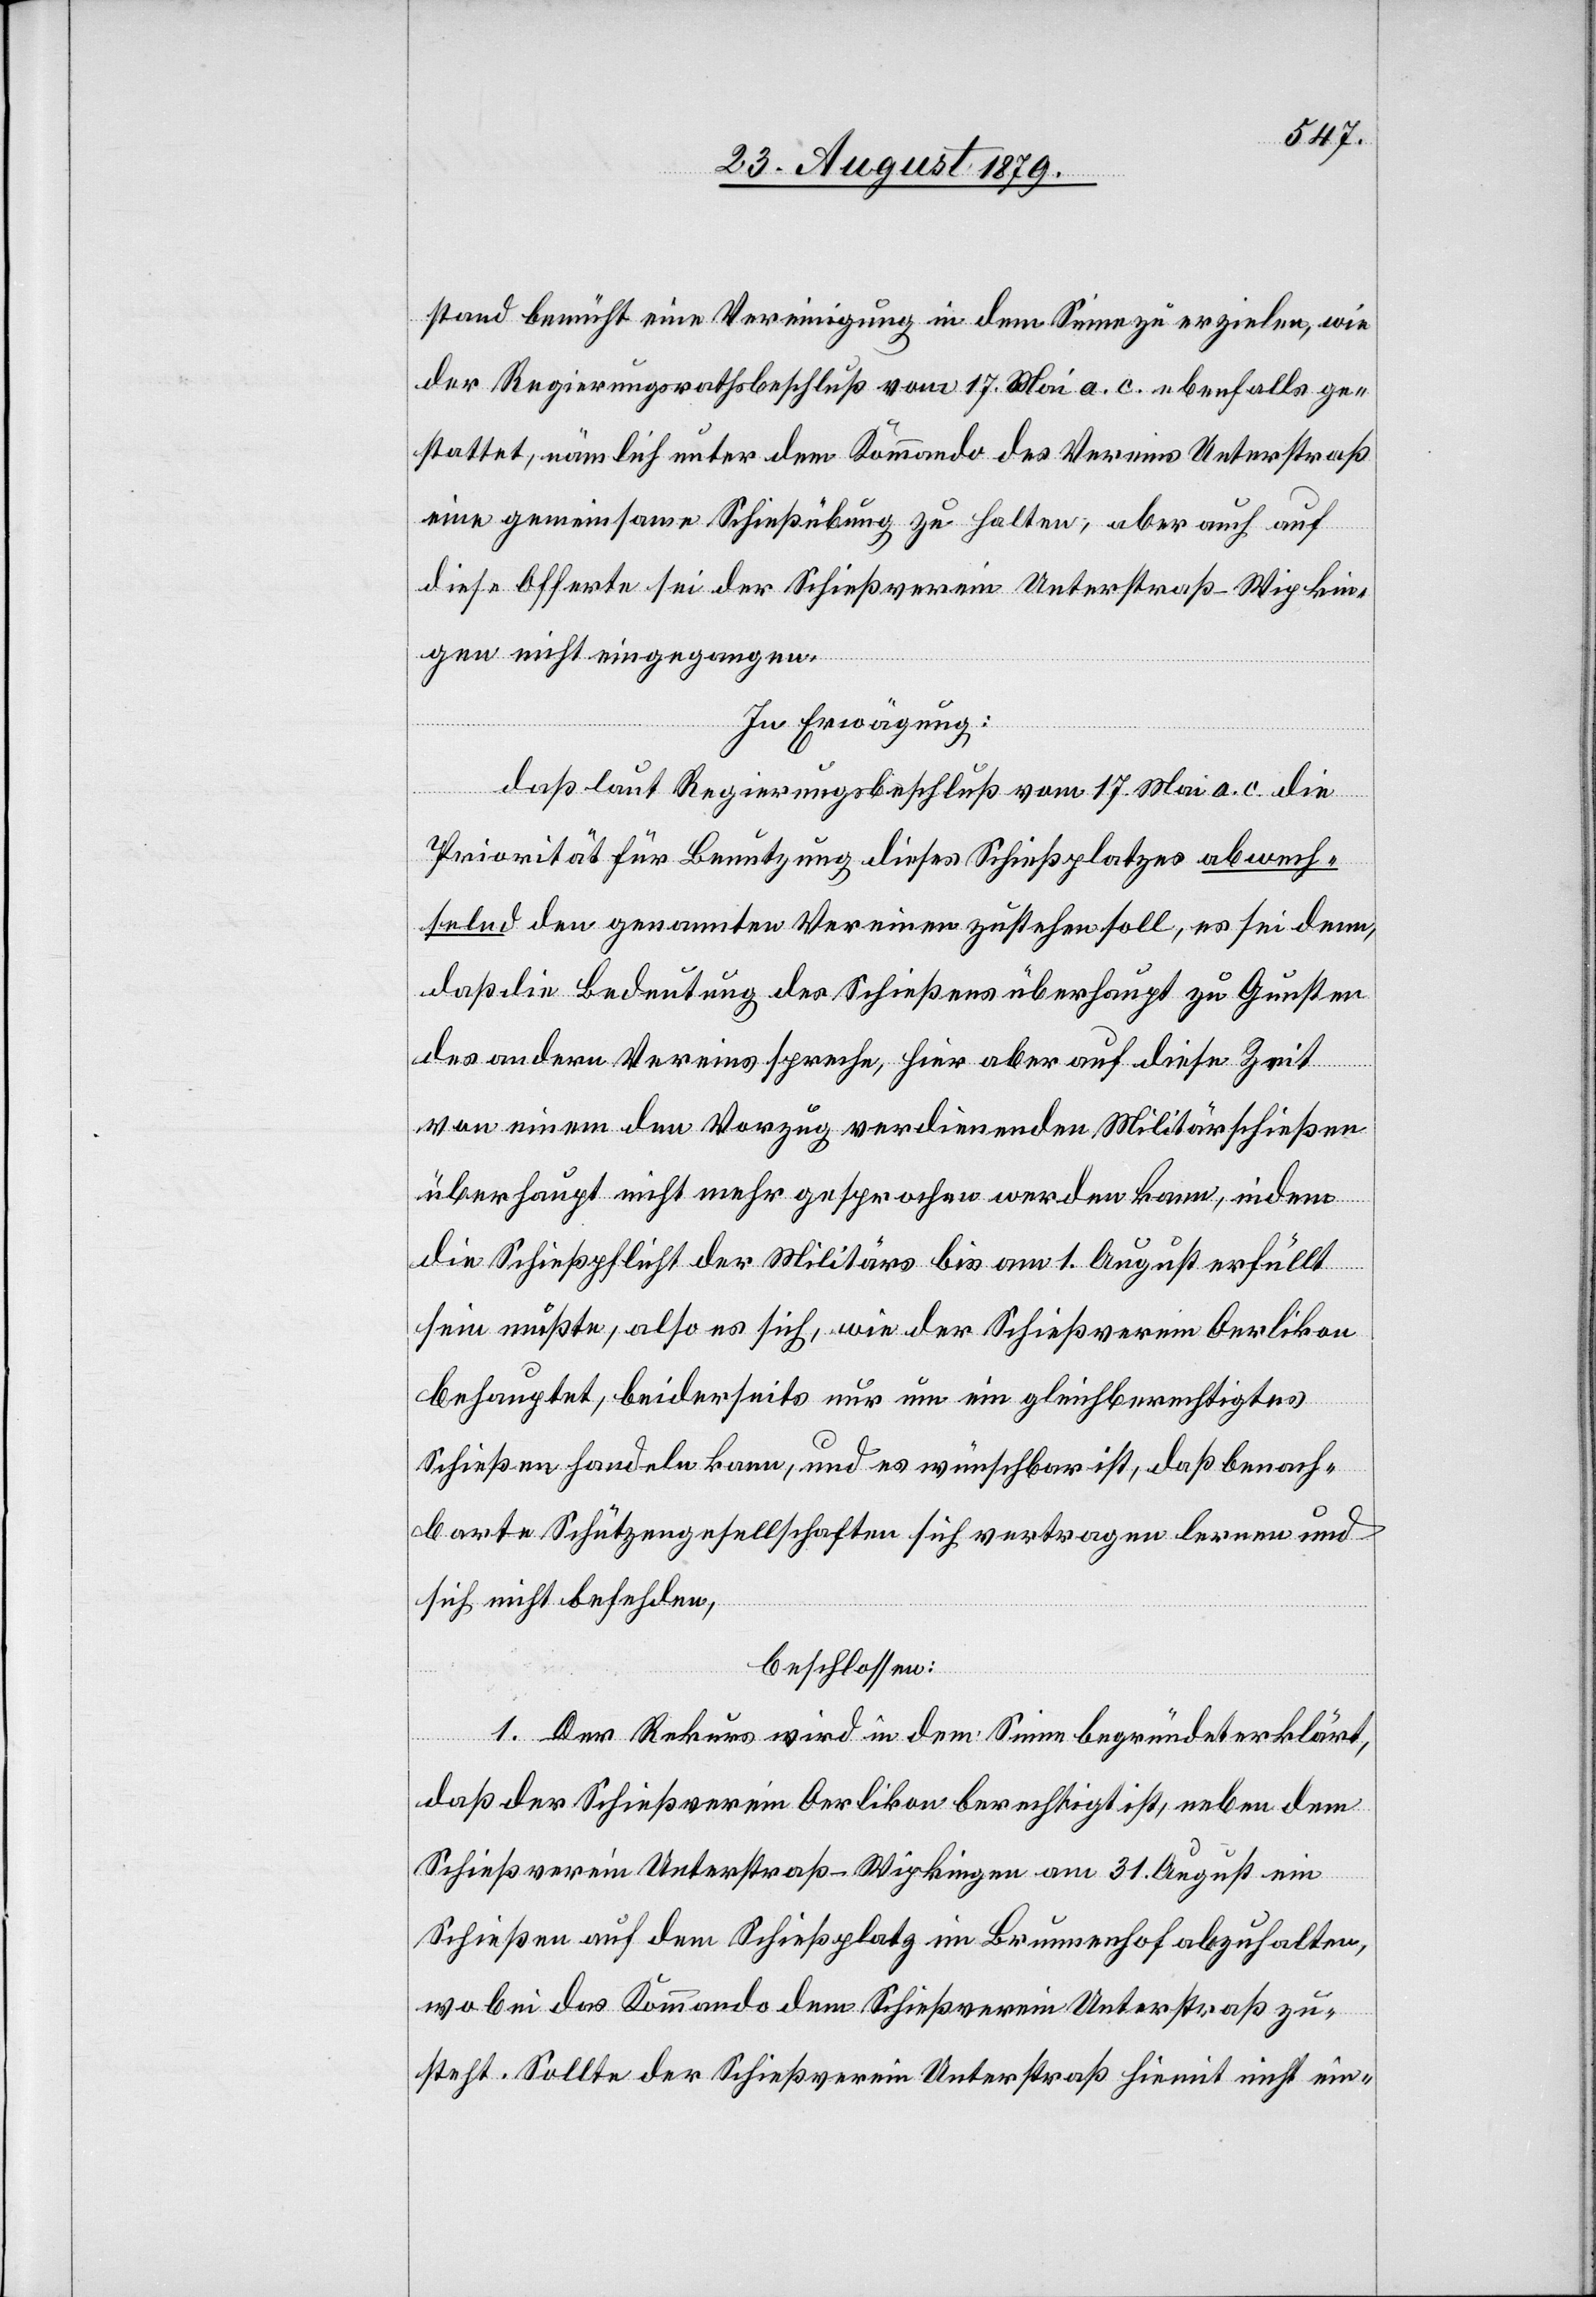
stand bemüht eine Vereinigung in dem Sinne zu erzielen, wie
der Regierungsrathsbeschluß vom 17. Mai a. c. ebenfalls ge¬
stattet, nämlich unter dem Kommando des Vereins Unterstraß
eine gemeinsame Schießübung zu halten, aber auch auf
diese Offerte sei der Schießverein Unterstraß-Wipkin¬
gen nicht eingegangen.
In Erwägung:
daß laut Regierungsbeschluß vom 17. Mai a. c. die
Priorität für Benutzung dieses Schießplatzes abwech¬
selnd den genannten Vereinen zustehen soll, es sei denn,
daß die Bedeutung des Schießens überhaupt zu Gunsten
des andern Vereins spreche, hier aber auf diese Zeit
von einem den Vorzug verdienenden Militärschießen
überhaupt nicht mehr gesprochen werden kann, indem
die Schießpflicht der Militärs bis am 1. August erfüllt
sein mußte, also es sich, wie der Schießverein Oerlikon
behauptet, beiderseits nur um ein gleichberechtigtes
Schießen handeln kann, und es wünschbar ist, daß benach¬
barte Schützengesellschaften sich vertragen lernen und
sich nicht befehlen,
beschlossen:
1. Der Rekurs wird in dem Sinne begründet erklärt,
daß der Schießverein Oerlikon berechtigt ist, neben dem
Schießverein Unterstraß-Wipkingen am 31. August ein
Schießen auf dem Schießplatz im Brunnenhof abzuhalten,
wobei das Kommando dem Schießverein Unterstraß zu¬
steht. Sollte der Schießverein Unterstraß hiemit nicht ein-